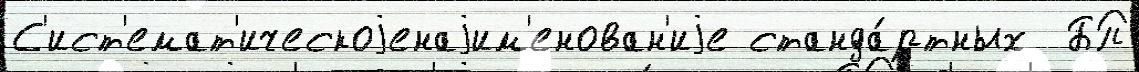
С'ист'емат'ическоjенаjим'енован'иjе станда́ртных  БП